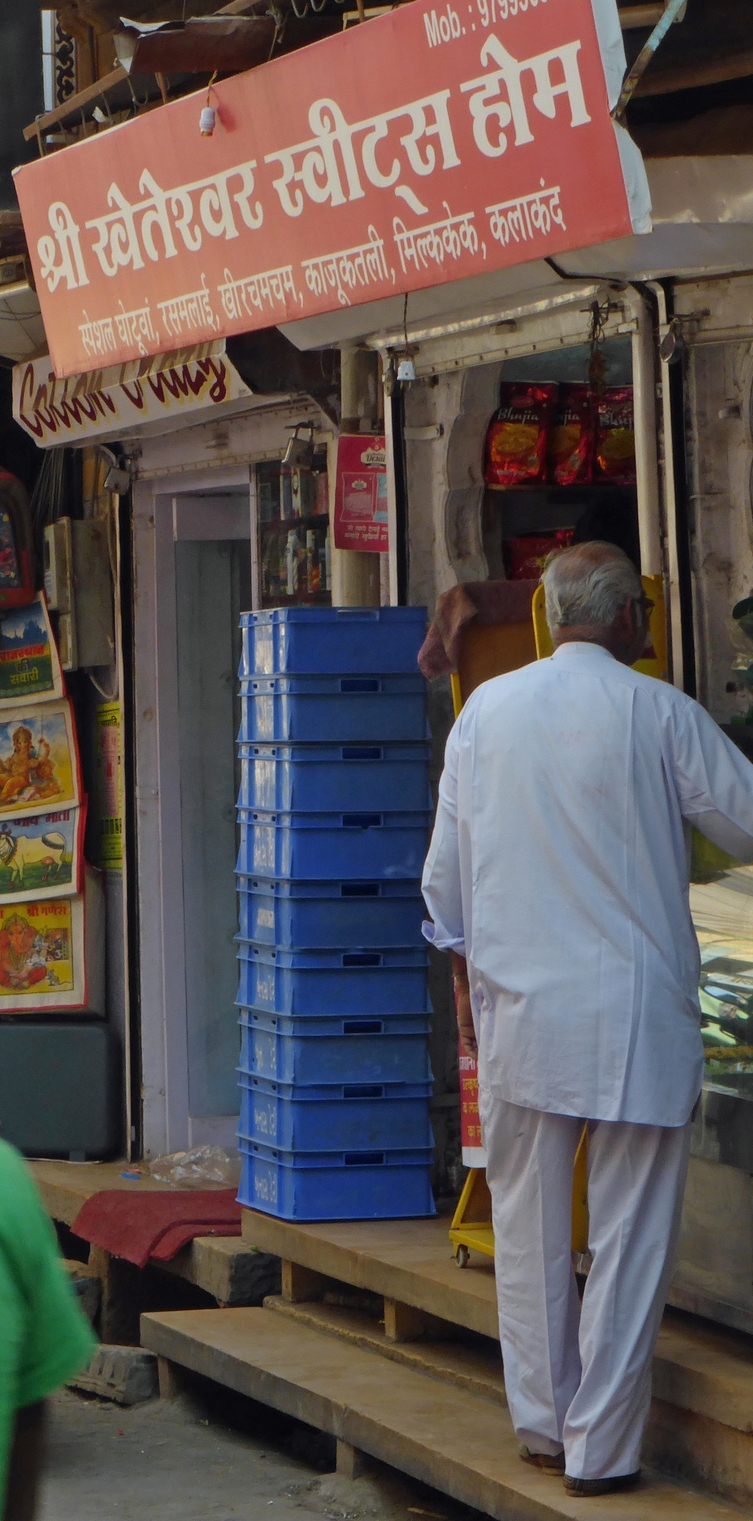
Language: hindi
Transcription: घोटूवा, रसमलाई, काजूकतली, मिल्ककेक, कलाकंद श्री स्पेशल होम स्वीट्स खेतेश्वर खीरचमचम,